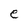
Character: e